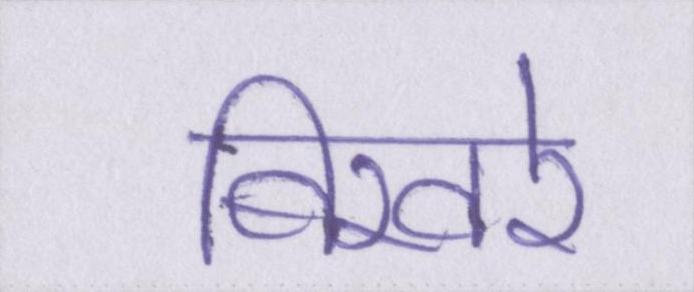
बिखरे